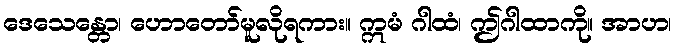
ဒေသေန္တော၊ ဟောတော်မူလိုရကား။ ဣမံ ဂါထံ၊ ဤဂါထာကို။ အာဟ၊